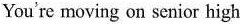
You're moving on senior high